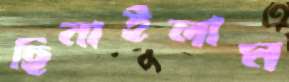
ছিনাইলাম